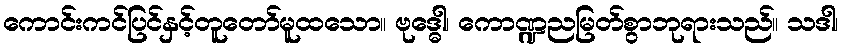
ကောင်းကင်ပြင်နှင့်တူတော်မူထသော။ ဗုဒ္ဓေါ၊ ကောဏ္ဍညမြတ်စွာဘုရားသည်။ သဒါ၊